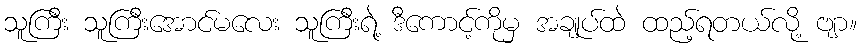
သူကြီး သူကြီးအောင်မလေး သူကြီးရဲ့ ဒီကောင့်ကိုမှ အချုပ်ထဲ ထည့်ရတယ်လို့ ဗျာ။